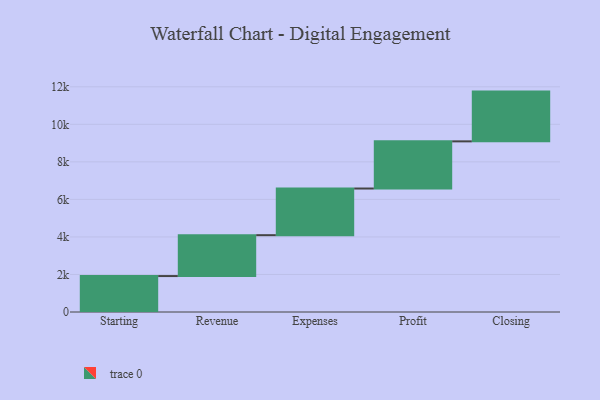
{"axis": {"x": "Step", "y": "Value"}, "legend": [""], "data": [{"x": "Starting", "y": 1915.0, "type": ""}, {"x": "Revenue", "y": 2178.0, "type": ""}, {"x": "Expenses", "y": 2486.0, "type": ""}, {"x": "Profit", "y": 2513.0, "type": ""}, {"x": "Closing", "y": 2651.0, "type": ""}]}